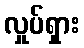
လှုပ်ရှား